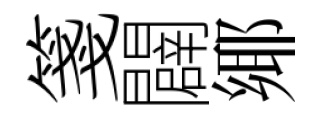
箋闢鄊